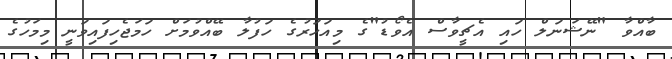
ބާއްވާ "ނޭޝަނަލް ހައި އެޗީވާސް އެވޯޑު"ގެ މިއަހަރުގެ ހަފުލާ ބޭއްވުމަށް ހަމަޖެހިފައިވަނީ މިމަހުގެ